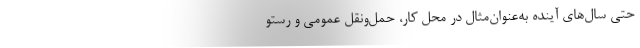
حتی سال‌های آینده به‌عنوان‌مثال در محل کار، حمل‌ونقل عمومی و رستو